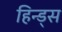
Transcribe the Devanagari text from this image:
हिन्ड्स